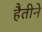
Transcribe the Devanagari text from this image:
हैतीने